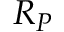
R _ { P }